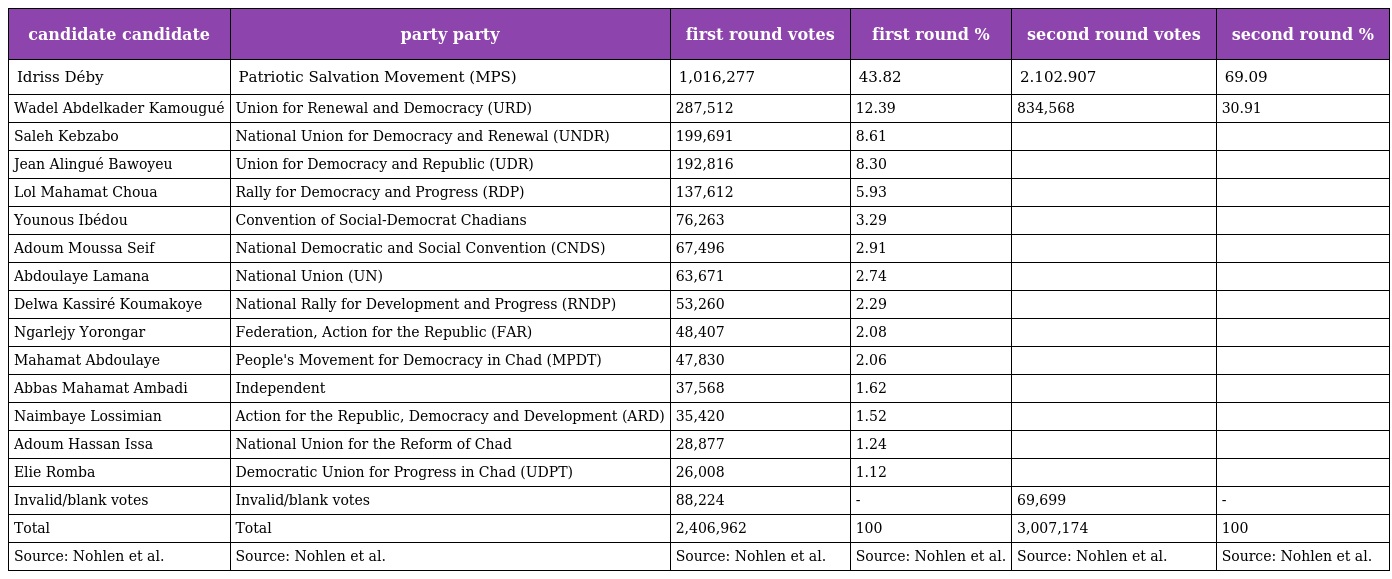
| candidate candidate | party party | first round votes | first round % | second round votes | second round % |
 | --- | --- | --- | --- | --- | --- |
 | Idriss Déby | Patriotic Salvation Movement (MPS) | 1,016,277 | 43.82 | 2.102.907 | 69.09 |
 | Wadel Abdelkader Kamougué | Union for Renewal and Democracy (URD) | 287,512 | 12.39 | 834,568 | 30.91 |
 | Saleh Kebzabo | National Union for Democracy and Renewal (UNDR) | 199,691 | 8.61 |  |  |
 | Jean Alingué Bawoyeu | Union for Democracy and Republic (UDR) | 192,816 | 8.30 |  |  |
 | Lol Mahamat Choua | Rally for Democracy and Progress (RDP) | 137,612 | 5.93 |  |  |
 | Younous Ibédou | Convention of Social-Democrat Chadians | 76,263 | 3.29 |  |  |
 | Adoum Moussa Seif | National Democratic and Social Convention (CNDS) | 67,496 | 2.91 |  |  |
 | Abdoulaye Lamana | National Union (UN) | 63,671 | 2.74 |  |  |
 | Delwa Kassiré Koumakoye | National Rally for Development and Progress (RNDP) | 53,260 | 2.29 |  |  |
 | Ngarlejy Yorongar | Federation, Action for the Republic (FAR) | 48,407 | 2.08 |  |  |
 | Mahamat Abdoulaye | People's Movement for Democracy in Chad (MPDT) | 47,830 | 2.06 |  |  |
 | Abbas Mahamat Ambadi | Independent | 37,568 | 1.62 |  |  |
 | Naimbaye Lossimian | Action for the Republic, Democracy and Development (ARD) | 35,420 | 1.52 |  |  |
 | Adoum Hassan Issa | National Union for the Reform of Chad | 28,877 | 1.24 |  |  |
 | Elie Romba | Democratic Union for Progress in Chad (UDPT) | 26,008 | 1.12 |  |  |
 | Invalid/blank votes | Invalid/blank votes | 88,224 | - | 69,699 | - |
 | Total | Total | 2,406,962 | 100 | 3,007,174 | 100 |
 | Source: Nohlen et al. | Source: Nohlen et al. | Source: Nohlen et al. | Source: Nohlen et al. | Source: Nohlen et al. | Source: Nohlen et al. |